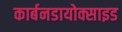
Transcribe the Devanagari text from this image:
कार्बनडायोक्साइड